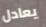
يعادل